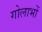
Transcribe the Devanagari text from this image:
गोलाभों